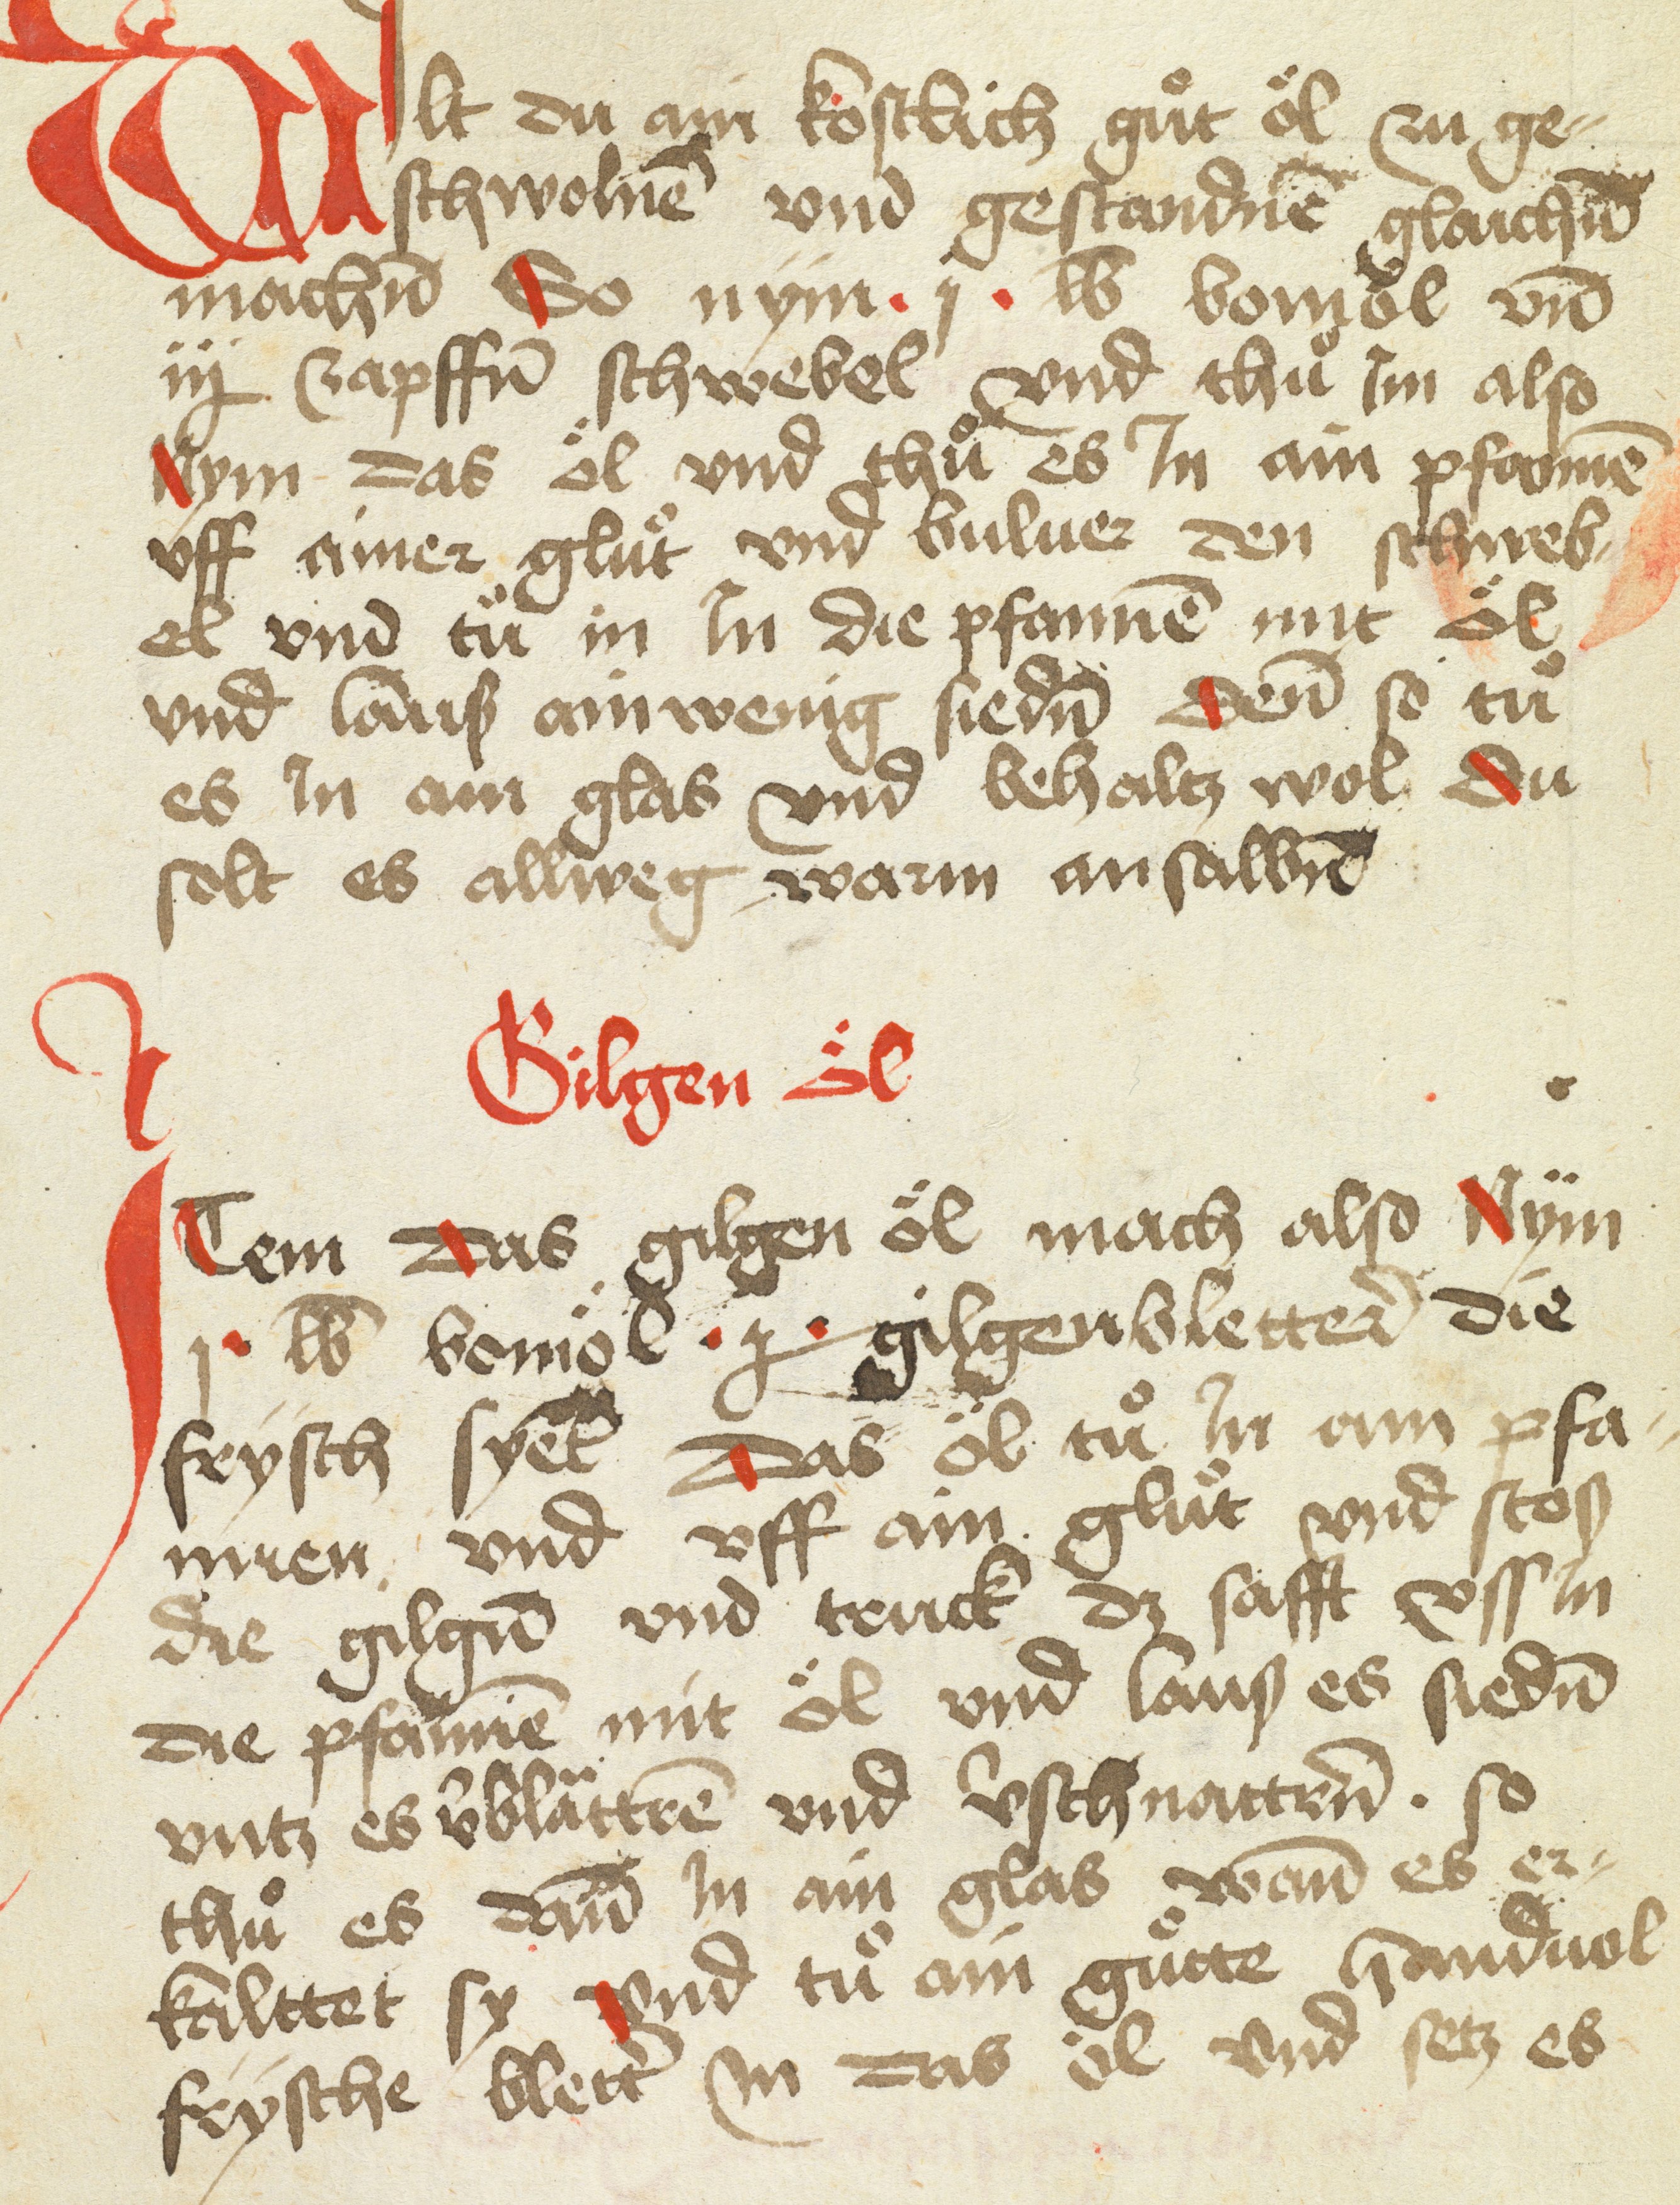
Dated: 1475–1499